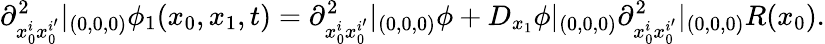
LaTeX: \partial_{x_{0}^{i}x_{0}^{i^{\prime}}}^{2}|_{(0,0,0)}\phi_{1}(x_{0},x_{1},t)=\partial_{x_{0}^{i}x_{0}^{i^{\prime}}}^{2}|_{(0,0,0)}\phi+D_{x_{1}}\phi|_{(0,0,0)}\partial_{x_{0}^{i}x_{0}^{i^{\prime}}}^{2}|_{(0,0,0)}R(x_{0}).